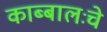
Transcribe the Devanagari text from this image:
काब्बालःचे